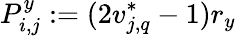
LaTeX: P_{i,j}^{y}:=(2v_{j,q}^{*}-1)r_{y}